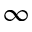
\infty